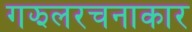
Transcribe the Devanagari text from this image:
गझलरचनाकार